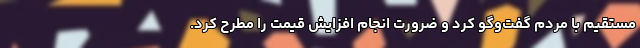
مستقیم با مردم گفت‌وگو کرد و ضرورت انجام افزایش قیمت را مطرح کرد.